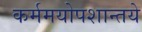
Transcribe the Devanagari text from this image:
कर्ममयोपशान्तये